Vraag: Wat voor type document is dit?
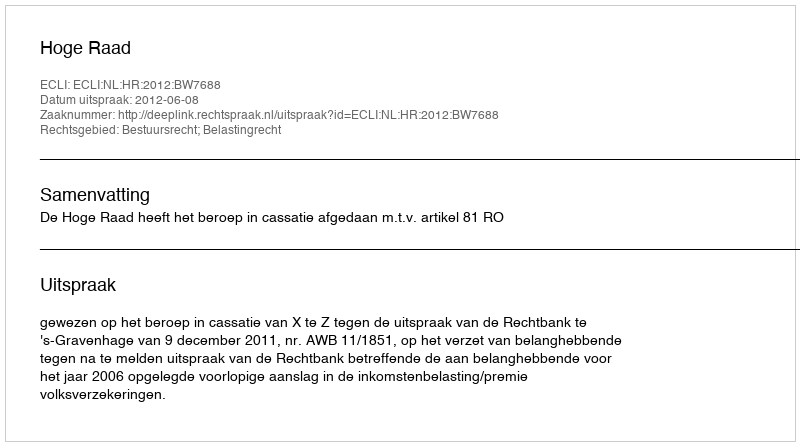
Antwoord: Uitspraak